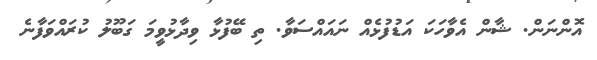
އޮންނަން. ޝާން އެވާހަކަ އަޑުފުޅެއް ނައައްސަވާ. ތި ބޭފުޅާ ވިދާޅުވީމަ ގަބޫލު ކުރައްވަފާނެ